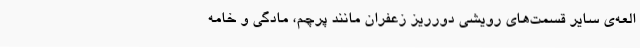
العه‌ی سایر قسمت‌های رویشی دورریز زعفران مانند پرچم، مادگی و خامه